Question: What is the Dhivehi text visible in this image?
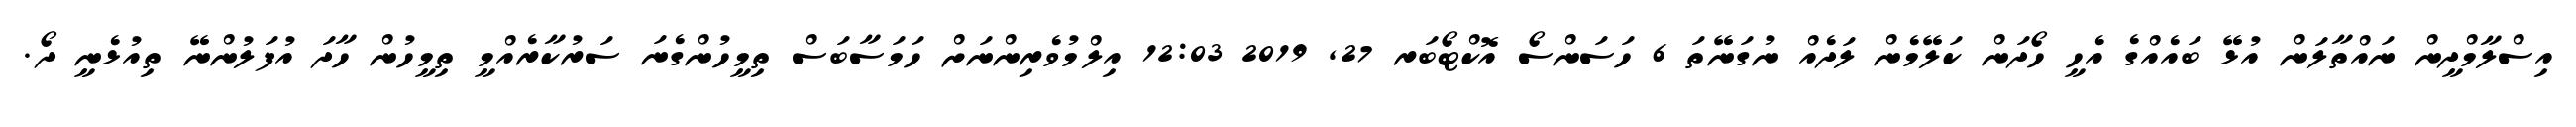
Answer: އިސްލާމްދީން ނައްތާލަން އުޅޭ ބައެއްގެ އެހީ ހޯދަން ކަލޭމެން ލަދެއް ނުގަނޭތަ 6 ހަސަންސޯ އޮކްޓޯބަރ 27, 2019 12:03 އިލްމުވެރިންނަށް ހަމަސާބަސް ތިމީހުންގެނަ ސަރުކާރެއްމީ ތިމީހުން ހާދަ އުފަލުންނޭ ތިއުޅެނީ ދޯ.